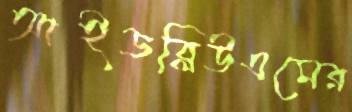
আইডব্লিউএমের